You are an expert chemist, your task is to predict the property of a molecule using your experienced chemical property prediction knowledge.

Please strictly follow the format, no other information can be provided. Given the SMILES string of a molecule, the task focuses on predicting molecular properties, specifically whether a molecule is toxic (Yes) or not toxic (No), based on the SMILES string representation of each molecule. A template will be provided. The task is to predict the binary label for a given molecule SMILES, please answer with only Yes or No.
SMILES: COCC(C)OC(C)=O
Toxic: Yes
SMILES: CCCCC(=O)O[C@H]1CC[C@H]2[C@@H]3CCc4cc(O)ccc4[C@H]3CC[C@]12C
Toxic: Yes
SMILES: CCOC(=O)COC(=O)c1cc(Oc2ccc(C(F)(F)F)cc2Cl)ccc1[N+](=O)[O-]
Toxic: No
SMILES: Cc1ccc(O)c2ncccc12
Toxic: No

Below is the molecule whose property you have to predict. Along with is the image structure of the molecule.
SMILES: COC(=O)CS
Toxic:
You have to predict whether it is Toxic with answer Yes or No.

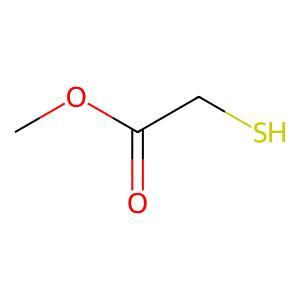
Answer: No